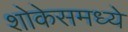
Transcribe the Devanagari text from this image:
शोकेसमध्ये